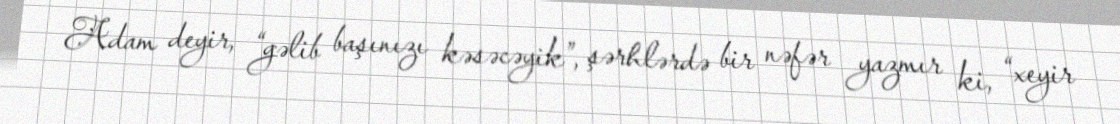
Adam deyir, “gəlib başınızı kəsəcəyik”, şərhlərdə bir nəfər yazmır ki, “xeyir